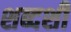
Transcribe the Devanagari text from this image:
शब्दशी